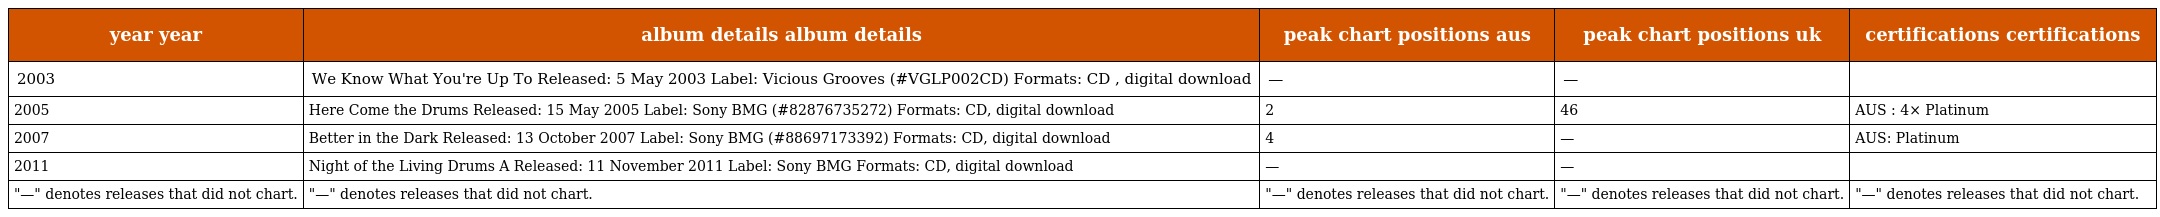
| year year | album details album details | peak chart positions aus | peak chart positions uk | certifications certifications |
 | --- | --- | --- | --- | --- |
 | 2003 | We Know What You're Up To Released: 5 May 2003 Label: Vicious Grooves (#VGLP002CD) Formats: CD , digital download | — | — |  |
 | 2005 | Here Come the Drums Released: 15 May 2005 Label: Sony BMG (#82876735272) Formats: CD, digital download | 2 | 46 | AUS : 4× Platinum |
 | 2007 | Better in the Dark Released: 13 October 2007 Label: Sony BMG (#88697173392) Formats: CD, digital download | 4 | — | AUS: Platinum |
 | 2011 | Night of the Living Drums A Released: 11 November 2011 Label: Sony BMG Formats: CD, digital download | — | — |  |
 | "—" denotes releases that did not chart. | "—" denotes releases that did not chart. | "—" denotes releases that did not chart. | "—" denotes releases that did not chart. | "—" denotes releases that did not chart. |